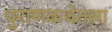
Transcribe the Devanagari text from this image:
पुराणकथेतला